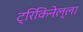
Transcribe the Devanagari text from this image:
ट्रिकिनेल्ला